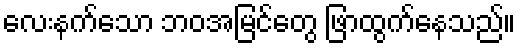
လေးနက်သော ဘဝအမြင်တွေ ဖြာထွက်နေသည်။